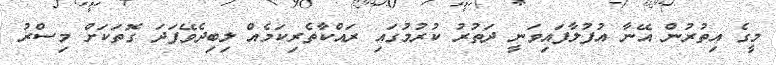
މީގެ އިތުރުން އޭނާ އުފުލާފައިވަނީ ދަތުރު ކުރުމުގައި ރައްކާތެރިކަމެއް ލިބިދެވޭފަދަ ގޮތަކަށް މިސްރު